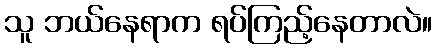
သူ ဘယ်နေရာက ရပ်ကြည့်နေတာလဲ။